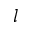
l